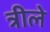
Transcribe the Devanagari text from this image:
त्रीले